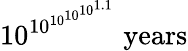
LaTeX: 10^{10^{10^{10^{10^{1.1}}}}}{\mathrm{~years}}